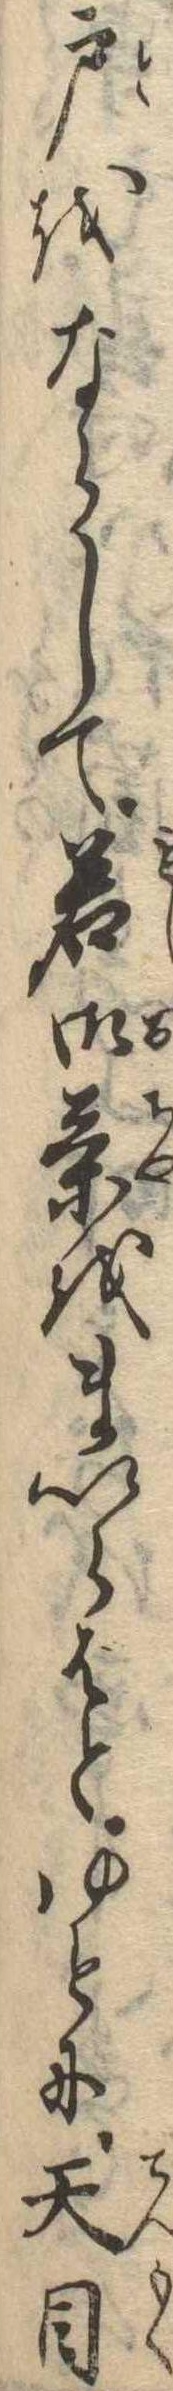
戸をならして若御茶をまいらばとゆとに天目